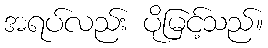
အရပ်လည်း ပိုမြင့်သည်။